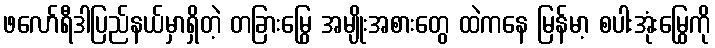
ဖလော်ရီဒါပြည်နယ်မှာရှိတဲ့ တခြားမြွေ အမျိုးအစားတွေ ထဲကနေ မြန်မာ့ စပါးအုံးမြွေကို